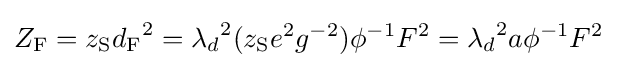
Z_{\mathrm {F} }=z_{\mathrm {S} }{d_{\mathrm {F} }}^{2}={\lambda _{d}}^{2}(z_{\mathrm {S} }e^{2}g^{-2})\phi ^{-1}F^{2}={\lambda _{d}}^{2}a\phi ^{-1}F^{2}